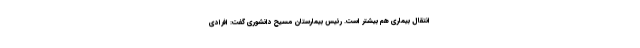
انتقال بیماری هم بیشتر است. رئیس بیمارستان مسیح دانشوری گفت: افرادی